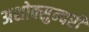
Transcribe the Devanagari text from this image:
अशोक्सुन्दरी